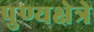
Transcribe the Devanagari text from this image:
पुण्यक्षेत्रे